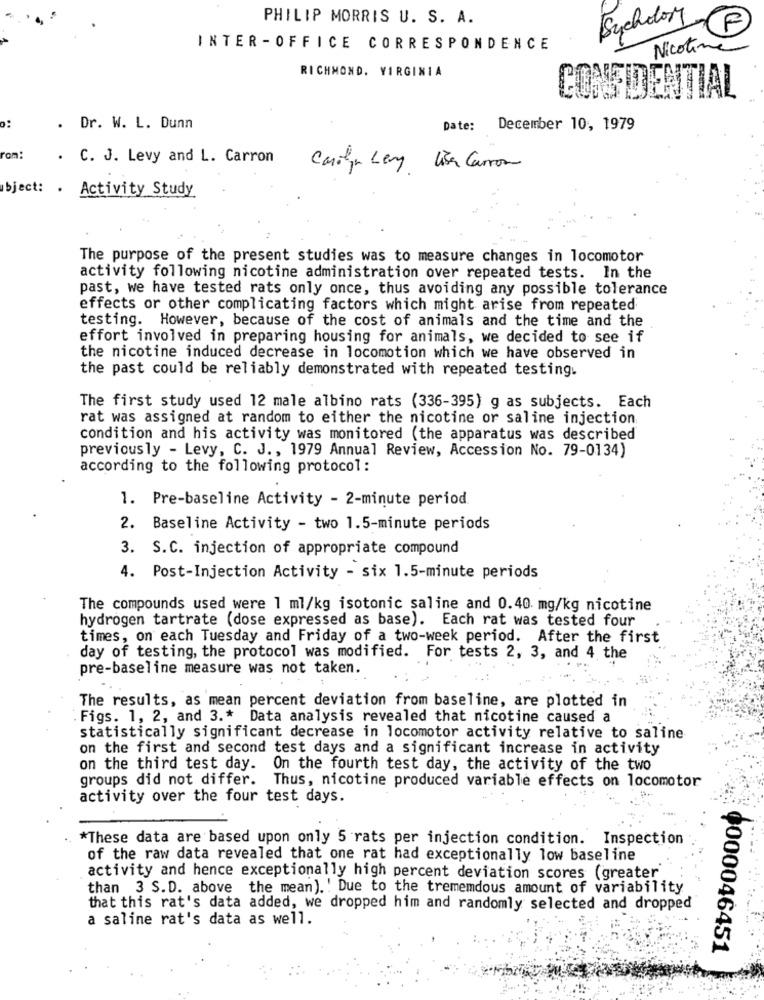
PHILIP MORRIS U. S. A.
Sychoory
INTER -OFFICE CORRESPONDENCE
Nicotine
RICHMOND, VIRGINIA
CONFIDENTIAL
..
. Dr. W. L. Dunn
Date:
December 10, 1979
rom!
. C. J. Levy and L. Carron
Carolyn Leg Lise Carron
bject: .
Activity Study
The purpose of the present studies was to measure changes in locomotor
activity following nicotine administration over repeated tests. In the
past, we have tested rats only once, thus avoiding any possible tolerance
effects or other complicating factors which might arise from repeated
testing. However, because of the cost of animals and the time and the
effort involved in preparing housing for animals, we decided to see if
the nicotine induced decrease in locomotion which we have observed in
the past could be reliably demonstrated with repeated testing.
The first study used 12 male albino rats (336-395) g as subjects. Each
rat was assigned at random to either the nicotine or saline injection
condition and his activity was monitored (the apparatus was described
previously - Levy, C. J ., 1979 Annual Review, Accession No. 79-0134)
according to the following protocol:
1. Pre-baseline Activity - 2-minute period.
2. Baseline Activity - two 1.5-minute periods
3. S.C. injection of appropriate compound
4. Post-Injection Activity - six 1.5-minute periods
The compounds used were 1 ml/kg isotonic saline and 0.40 mg/kg nicotine
hydrogen tartrate (dose expressed as base). Each rat was tested four
times, on each Tuesday and Friday of a two-week period. After the first
day of testing, the protocol was modified. For tests 2, 3, and 4 the
pre-baseline measure was not taken.
The results, as mean percent deviation from baseline, are plotted in
Figs. 1, 2, and 3 .* Data analysis revealed that nicotine caused a
statistically significant decrease in locomotor activity relative to saline
on the first and second test days and a significant increase in activity
on the third test day. On the fourth test day, the activity of the two
groups did not differ. Thus, nicotine produced variable effects on locomotor
activity over the four test days.
*These data are based upon only 5 rats per injection condition. Inspection
of the raw data revealed that one rat had exceptionally low baseline
activity and hence exceptionally high percent deviation scores (greater
than 3 S.D. above the mean). ' Due to the tremendous amount of variability
that this rat's data added, we dropped him and randomly selected and dropped
a saline rat's data as well.
1000046451